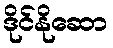
ဒိုင်နိုဆော